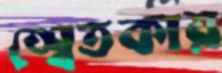
শ্বেতকায়